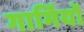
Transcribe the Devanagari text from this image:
गार्मियों